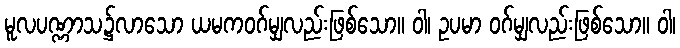
မူလပဏ္ဏာသ၌လာသော ယမကဝဂ်မျှလည်းဖြစ်သော။ ဝါ၊ ဥပမာ ဝဂ်မျှလည်းဖြစ်သော။ ဝါ၊